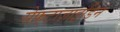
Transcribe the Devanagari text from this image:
सेफ़्टाज़ाइडिन